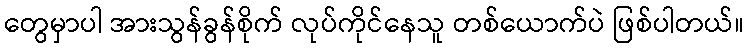
တွေမှာပါ အားသွန်ခွန်စိုက် လုပ်ကိုင်နေသူ တစ်ယောက်ပဲ ဖြစ်ပါတယ်။